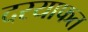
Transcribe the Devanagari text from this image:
दरयाफत